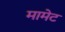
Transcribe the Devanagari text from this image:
मामेट